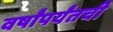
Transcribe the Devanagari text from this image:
वर्षांपर्यंतची